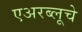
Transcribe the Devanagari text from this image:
एअरब्लूचे